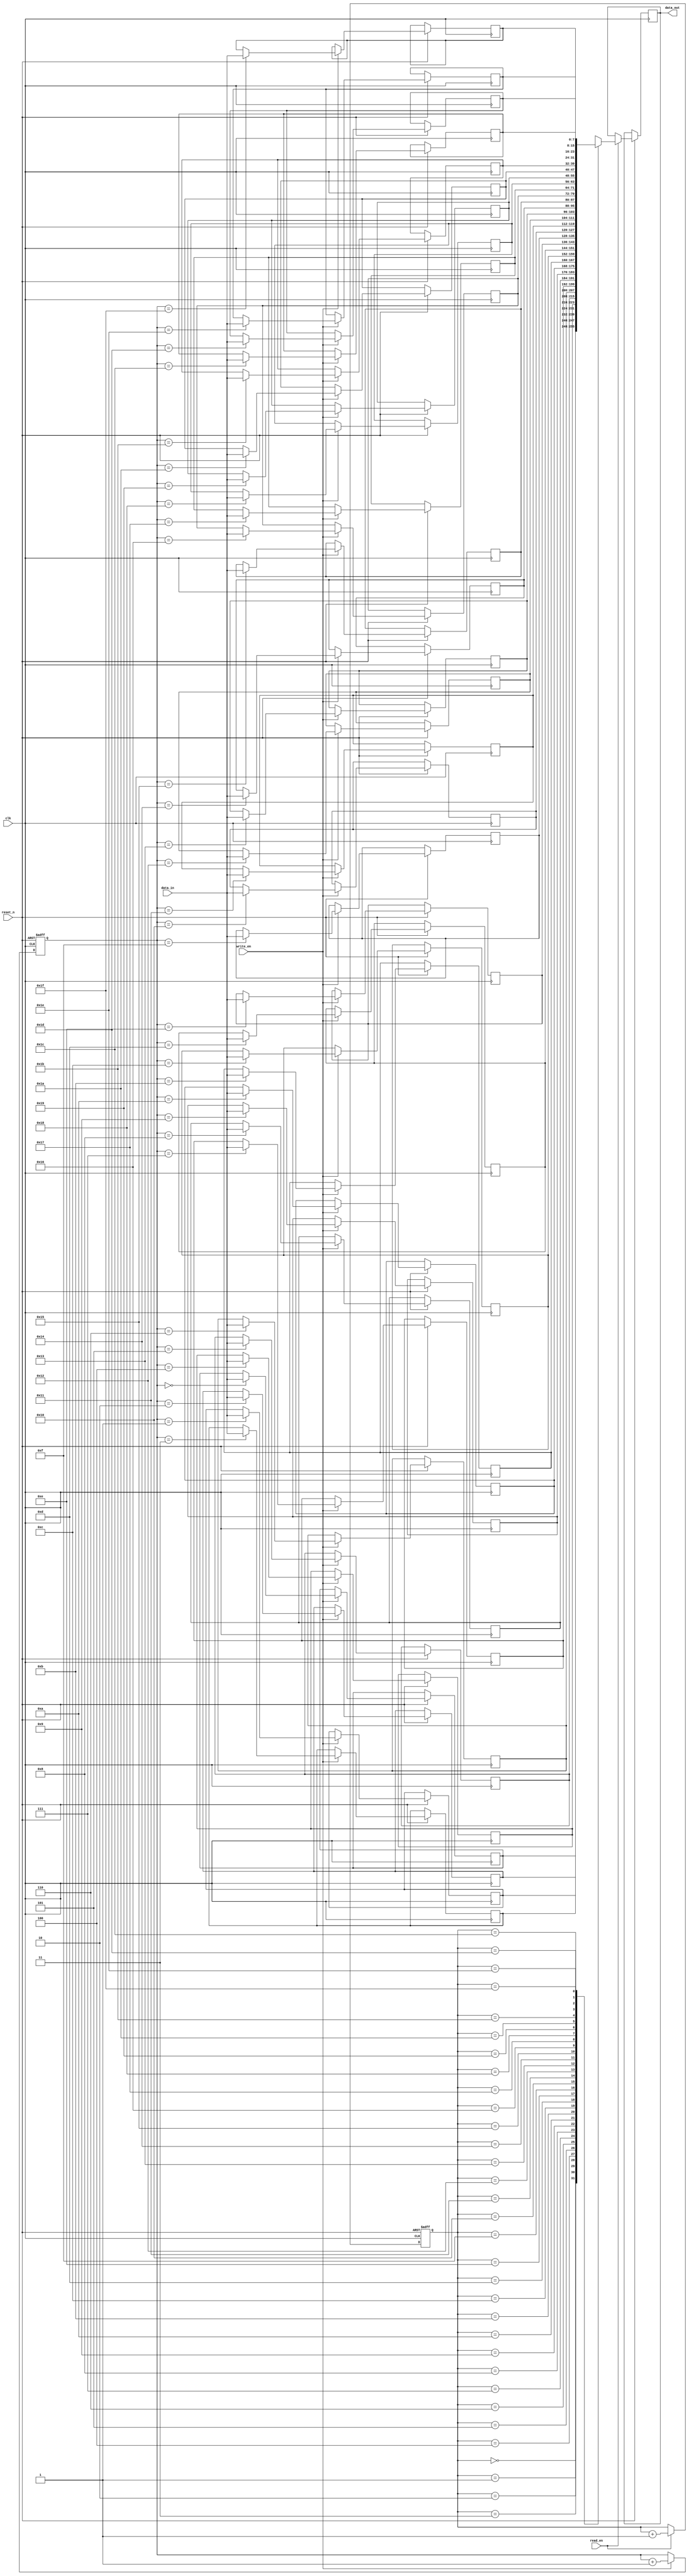
module synchronous_FIFO(
  input wire clk,           // Clock signal
  input wire reset_n,       // Active low reset signal
  input wire write_en,      // Write enable signal
  input wire read_en,       // Read enable signal
  input wire [7:0] data_in, // Input data
  output reg [7:0] data_out // Output data
);

reg [7:0] memory [31:0];    // Memory structure with 32 locations
reg [4:0] write_ptr, read_ptr;

// Synchronous reset
always @(posedge clk or negedge reset_n)
begin
  if (!reset_n)
  begin
    write_ptr <= 5'b0;
    read_ptr <= 5'b0;
  end
  else begin
    // Write operation
    if (write_en)
    begin
      memory[write_ptr] <= data_in;
      write_ptr <= write_ptr + 1;
    end

    // Read operation
    if (read_en)
    begin
      data_out <= memory[read_ptr];
      read_ptr <= read_ptr + 1;
    end
  end
end

endmodule